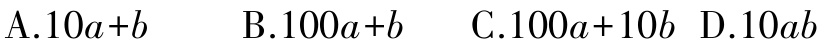
A.$10a + b$  B.$100a + b$  C.$100a + 10b$  D.$10ab$